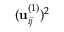
( \mathbf { u } _ { i j } ^ { ( 1 ) } ) ^ { 2 }